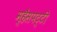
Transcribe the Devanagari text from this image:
म्हैसपट्टी